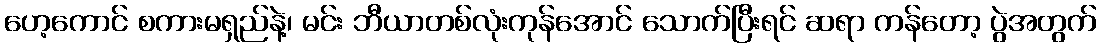
ဟေ့ကောင် စကားမရှည်နဲ့၊ မင်း ဘီယာတစ်လုံးကုန်အောင် သောက်ပြီးရင် ဆရာ ကန်တော့ ပွဲအတွက်